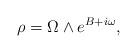
LaTeX: \begin{align*}\rho = \Omega \wedge e^{B+i\omega},\end{align*}